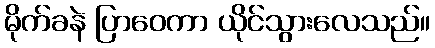
မိုက်ခနဲ ပြာဝေကာ ယိုင်သွားလေသည်။